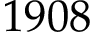
1 9 0 8